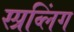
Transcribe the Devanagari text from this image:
स्प्रव्लिंग